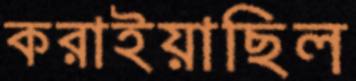
করাইয়াছিল